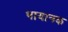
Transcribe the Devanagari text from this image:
भायानक